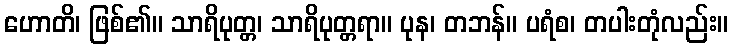
ဟောတိ၊ ဖြစ်၏။ သာရိပုတ္တ၊ သာရိပုတ္တရာ။ ပုန၊ တဘန်။ ပရံစ၊ တပါးတုံလည်း။